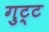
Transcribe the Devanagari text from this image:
गुट्ट